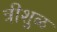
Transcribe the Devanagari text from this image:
त्रीशुळ